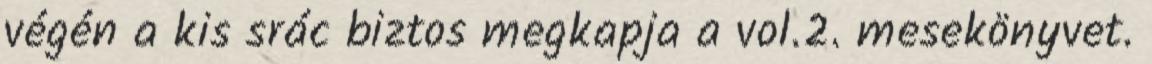
végén a kis srác biztos megkapja a vol.2. mesekönyvet.